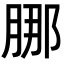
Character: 𬛁